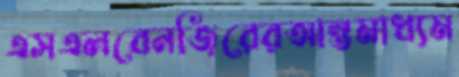
এসএলবেনজিরেরআন্তমাধ্যম